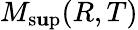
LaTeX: M_{\operatorname*{s\mathbf{u}p}}(R,T)